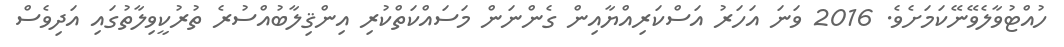
ހުއްޓުވާލެވޭނޭކަމަށެވެ. 2016 ވަނަ އަހަރު އަސްކަރިއްޔާއިން ގެންނަން މަސައްކަތްކުރި އިންޤިލާބުއްސުރެ ތުރުކީވިލާތުގައި އަދިވެސް